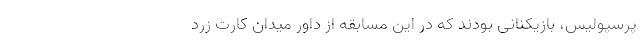
پرسپولیس، بازیکنانی بودند که در این مسابقه از داور میدان کارت زرد